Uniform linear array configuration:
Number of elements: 12
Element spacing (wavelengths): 0.25
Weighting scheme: kaiser
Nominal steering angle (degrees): -45
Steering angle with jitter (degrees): -46.104
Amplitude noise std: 0.05
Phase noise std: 0.05

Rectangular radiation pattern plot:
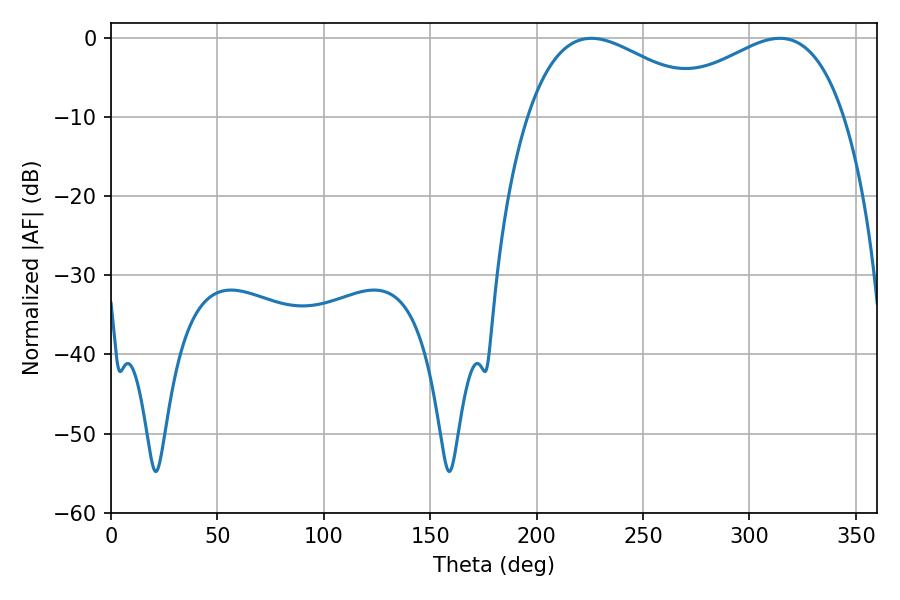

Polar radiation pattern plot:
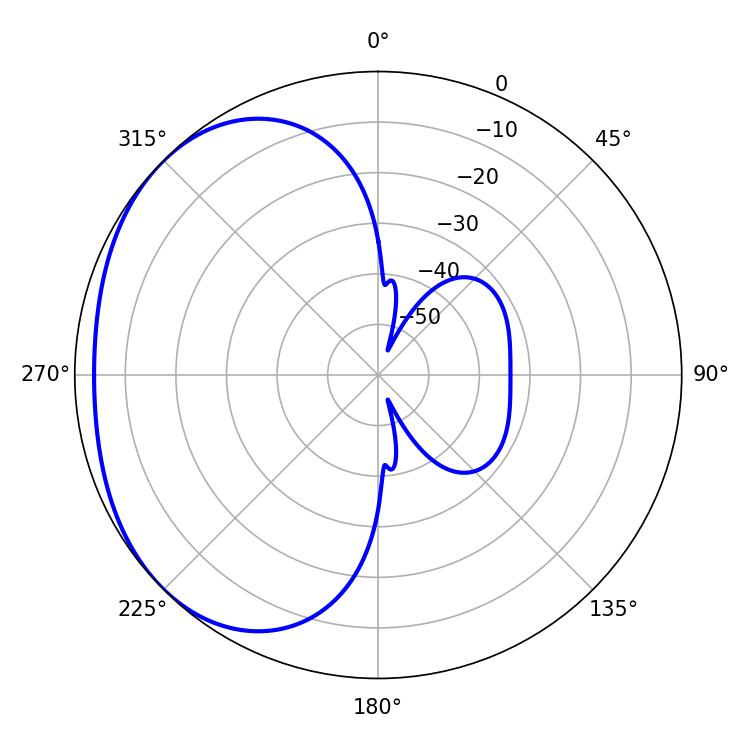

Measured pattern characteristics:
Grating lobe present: FALSE
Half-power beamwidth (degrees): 47.88
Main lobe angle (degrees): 225.72